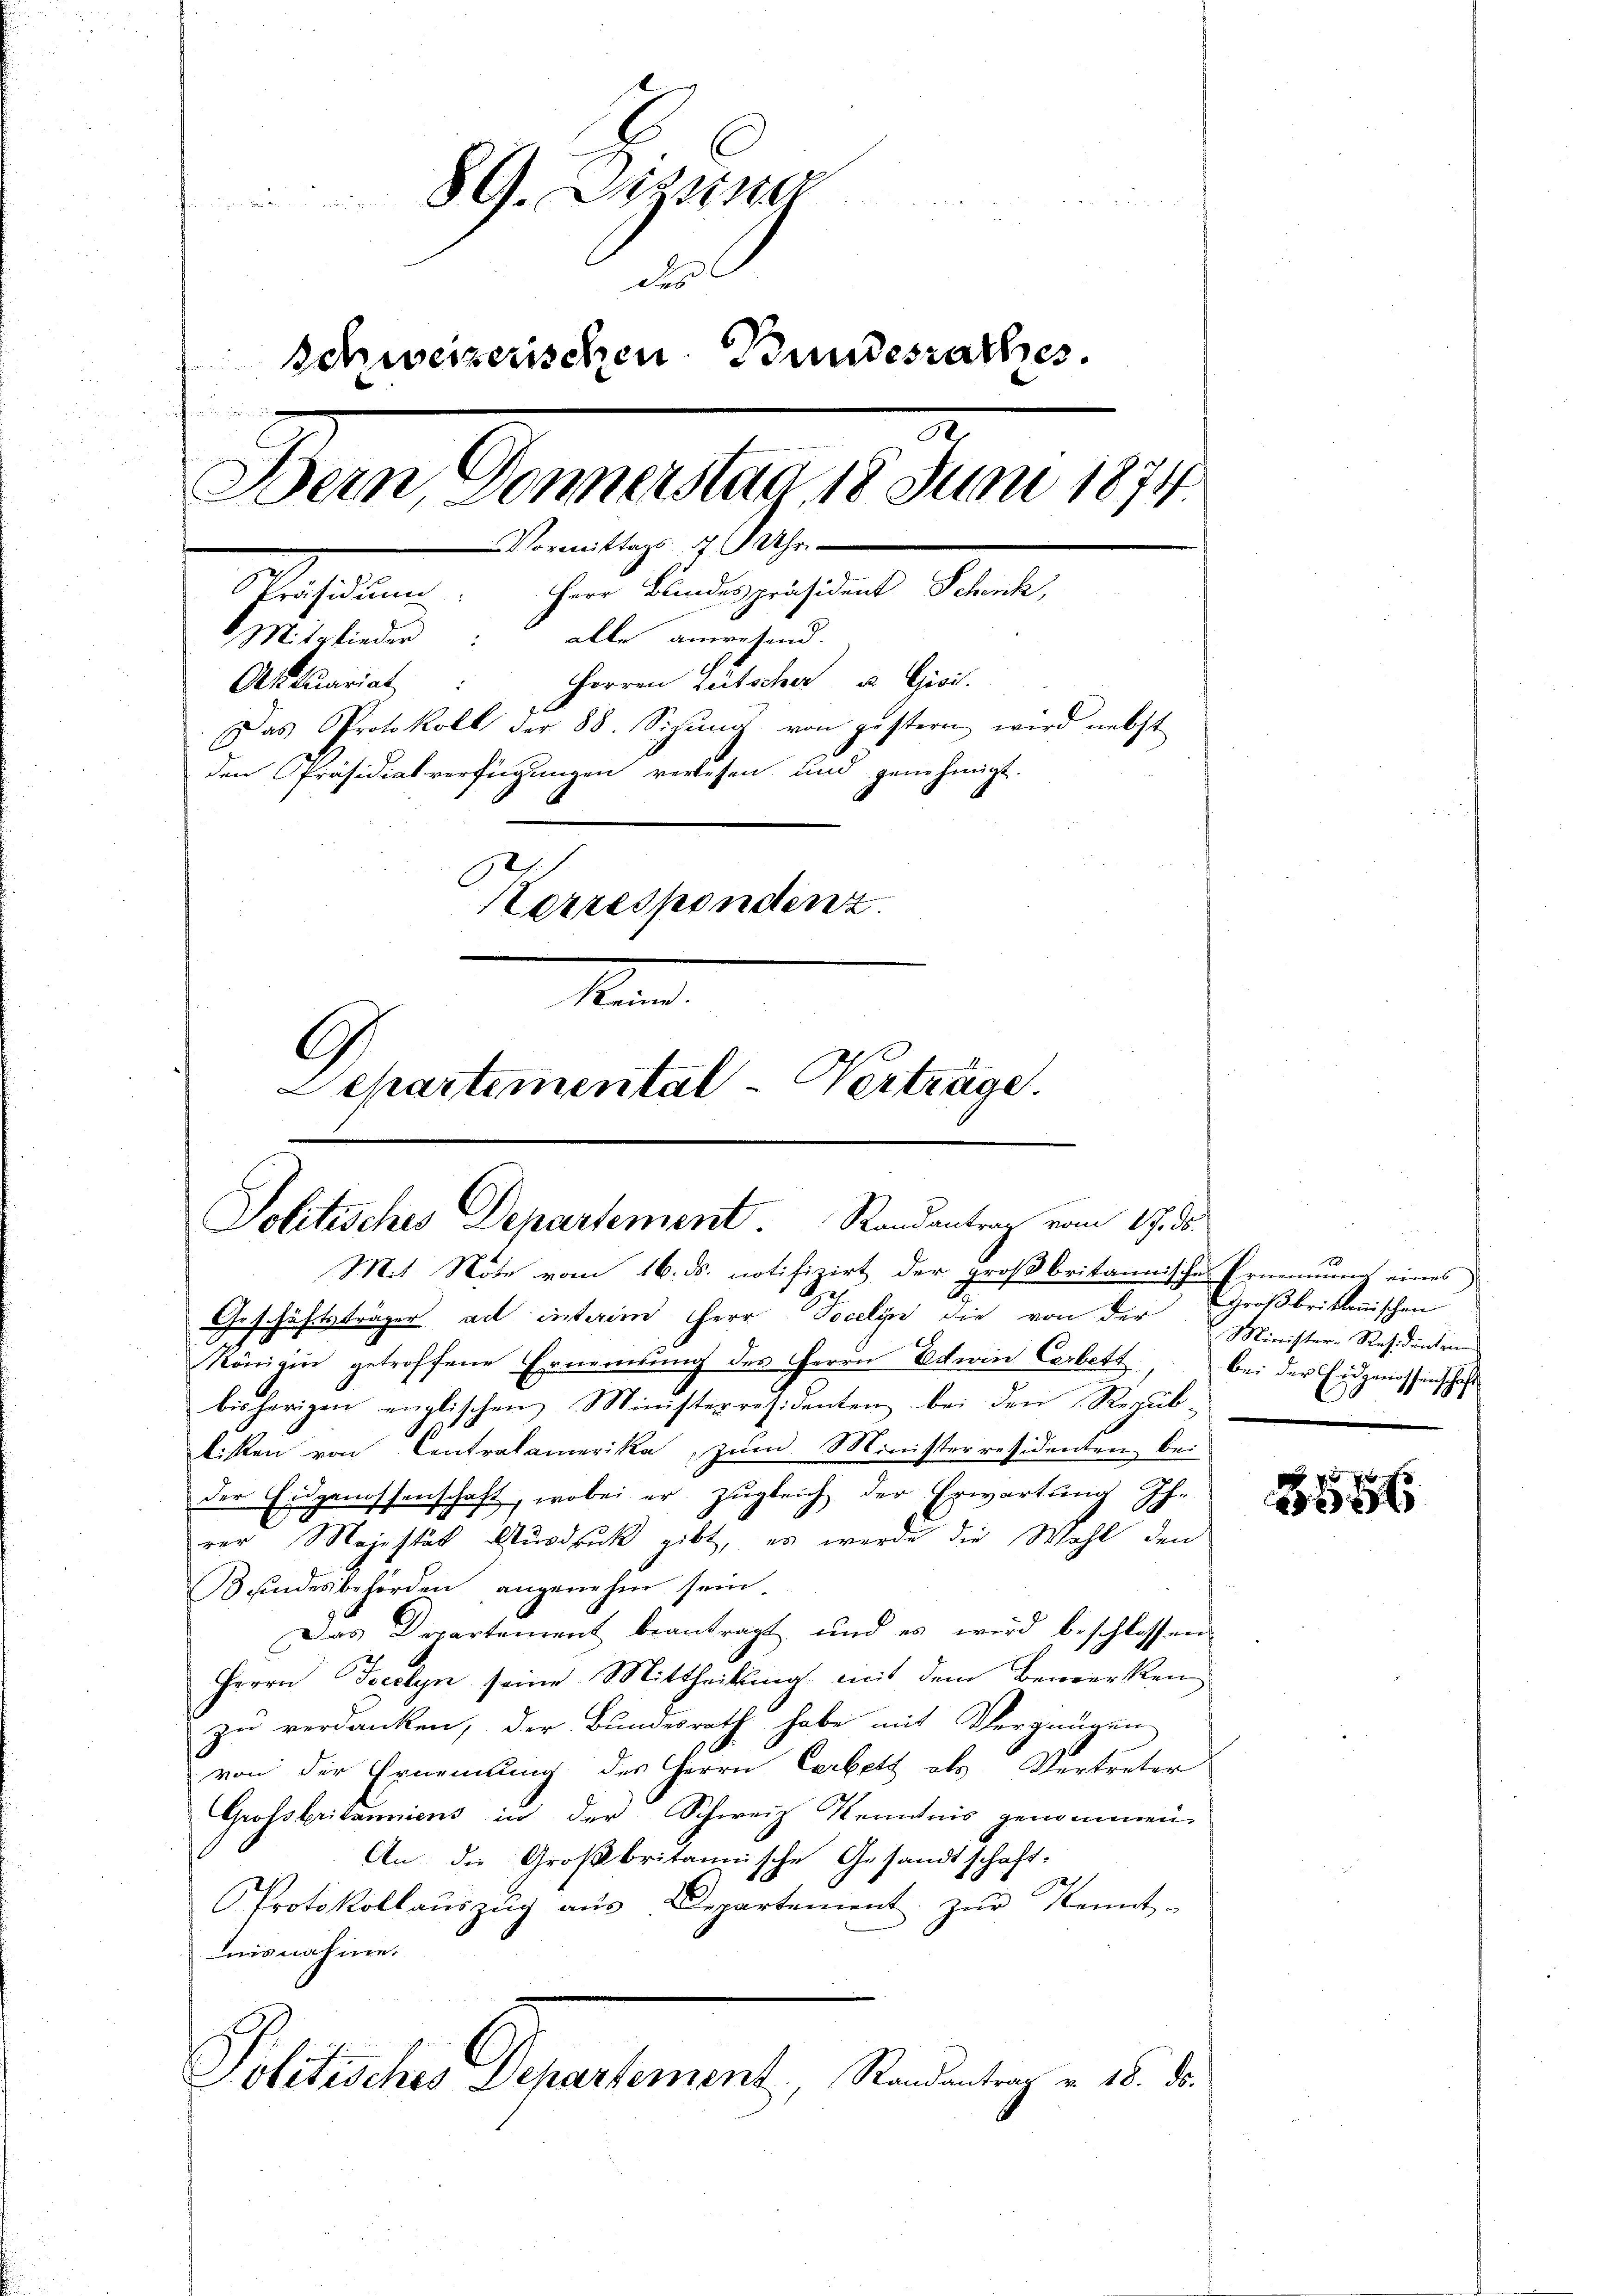
e
89. Sizister
dis
Schweizerischen Bundesrathes.
f
Bern, Donnerstaa 18 Juni 1874.
Vormittags 9 Uhr.
Präsidium. Herr Bundespräsident Schenk,
alle anwesend.
Mitglieder
Herren Lütscher u Gisi.
Ott Quariat
Das Protokoll der 88. Sigŭng von gestern wird nebst
den Präsidialverfügungen verlesen und genehmigt.
Korrespondenz.
Kan
G
Separtemental-Verträge.

Solitisches Departement. Randantrag vom 17. d.
Mit Note vom 16. ds. notifizirt der großbritannisches Ernennung eines
Geschäftsträger ad interem HHerr Pocelin die von der

Königin getroffene Ernennung des Herrn Edwin Cerbett
bisherigen englischen Ministerresidenten bei den Recub-
.
liken von Centralamerika, zum Ministerresidenten bei
der Eidgenossenschaft, wobei er zugleich der Erwartung Ihr
rer Majestät Ausdruck gibt, es werde die Wahl den
Bundesbehörden angenehm sein.
Das Departement beantragt, und es wird beschlossen
Herrn Jocclyn seine Mittheilung mit dem Bemerken
zu verdanken, der Bundesrath habe mit Vergnügen
von der Ernennung des Herrn Cerbett als Vertreter
Grossbritanniens in der Schweiz Kenntnis genommen
An die Großbritannische Gesandtschaft:
Protokollaŭszŭg aŭs Departement zŭr Kennt-
nisnahme.
Politisches Departement, Randantrag v. 18. ds.

Großbrikanischen
Minister-Residenten
bei der Eidgenossenschaft

3546